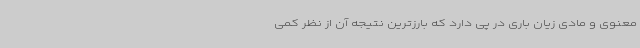
معنوی و مادی زیان باری در پی دارد که بارزترین نتیجه آن از نظر کمی